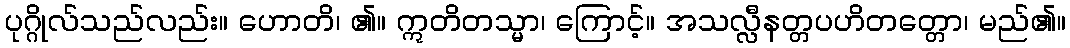
ပုဂ္ဂိုလ်သည်လည်း။ ဟောတိ၊ ၏။ ဣတိတသ္မာ၊ ကြောင့်။ အသလ္လီနတ္တပဟိတတ္တော၊ မည်၏။